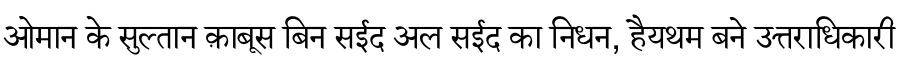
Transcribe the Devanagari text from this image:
ओमान के सुल्तान क़ाबूस बिन सईद अल सईद का निधन, हैयथम बने उत्तराधिकारी